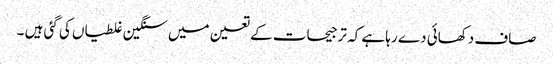
صاف دکھائی دے رہا ہے کہ ترجیحات کے تعین میں سنگین غلطیاں کی گئی ہیں ۔